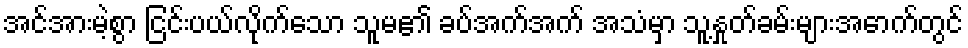
အင်အားမဲ့စွာ ငြင်းပယ်လိုက်သော သူမ၏ ခပ်အက်အက် အသံမှာ သူ့နှုတ်ခမ်းများအောက်တွင်